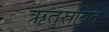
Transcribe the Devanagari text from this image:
ऋतुस्रवित